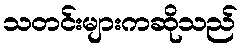
သတင်းများကဆိုသည်